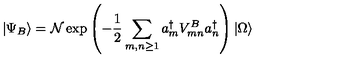
| \Psi _ { B } \rangle = \mathcal { N } \exp \left( - { \frac { 1 } { 2 } } \sum _ { m , n \geq 1 } a _ { m } ^ { \dagger } V _ { m n } ^ { B } a _ { n } ^ { \dagger } \right) | \Omega \rangle